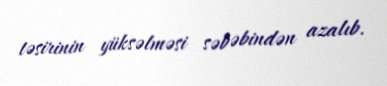
təsirinin yüksəlməsi səbəbindən azalıb.